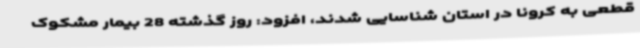
قطعی به کرونا در استان شناسایی شدند، افزود: روز گذشته 28 بیمار مشکوک